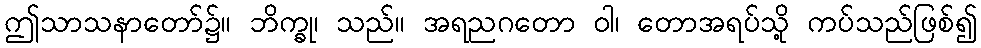
ဤသာသနာတော်၌။ ဘိက္ခု၊ သည်။ အရညဂတော ဝါ၊ တောအရပ်သို့ ကပ်သည်ဖြစ်၍